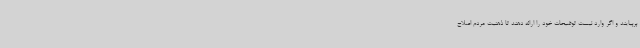
بربیایند و اگر وارد نیست توضیحات خود را ارائه دهند تا ذهنیت مردم اصلاح